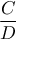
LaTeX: \frac { C } { D }